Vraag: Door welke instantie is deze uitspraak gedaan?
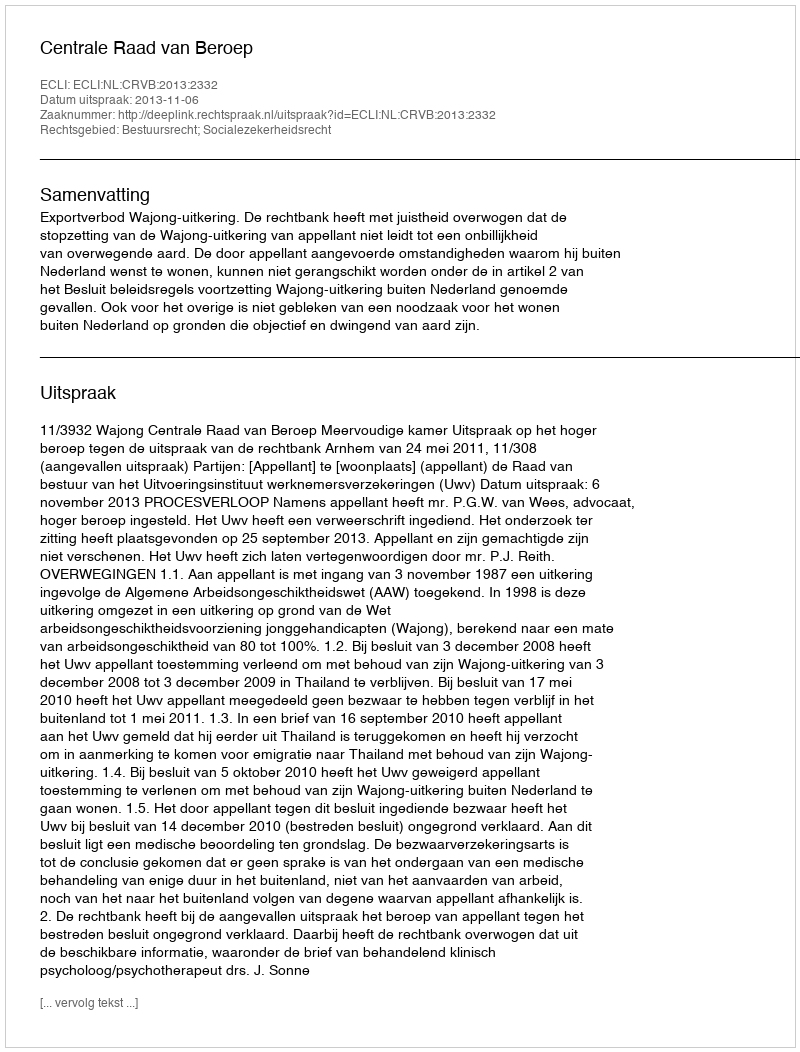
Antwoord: Centrale Raad van Beroep